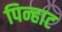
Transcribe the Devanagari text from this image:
पिन्हाट